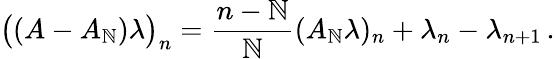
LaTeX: \bigl((A-A_{\mathbb{N}})\lambda\bigr)_{n}=\frac{{n-\mathbb{N}}}{{\mathbb{N}}}(A_{\mathbb{N}}\lambda)_{n}+\lambda_{n}-\lambda_{n+1}\, .